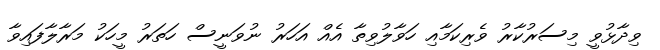
ވިދާޅުވީ މިސަރުކާރު ވެރިކަމާއި ހަވާލުވިތާ އެއް އަހަރު ނުވަނީސް ހަތަރު މީހަކު މަރާލާފައިވާ